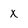
Character: x